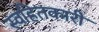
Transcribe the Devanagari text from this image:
स्वहितकारी